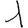
Digit: 1